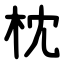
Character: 枕